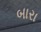
બારા